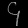
Digit: ၄